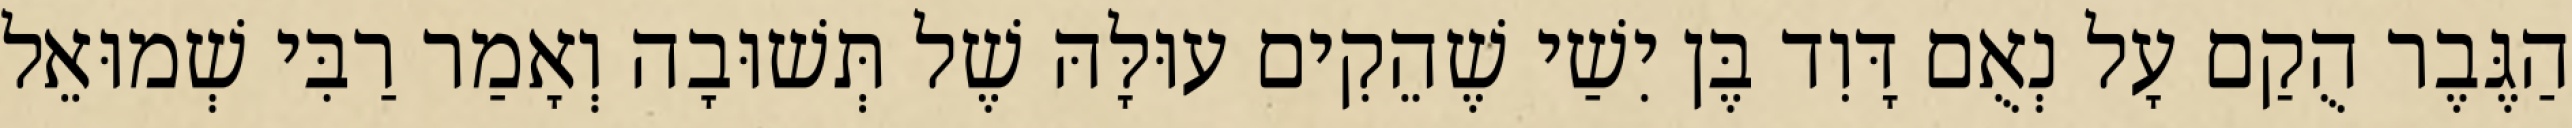
הַגֶּבֶר הֻקַם עָל נְאֻם דָּוִד בֶּן יִשַׁי שֶׁהֵקִים עוּלָּהּ שֶׁל תְּשׁוּבָה וְאָמַר רַבִּי שְׁמוּאֵל